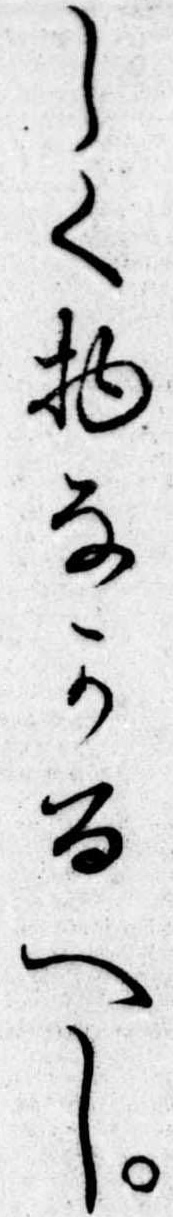
しく物なかるへし